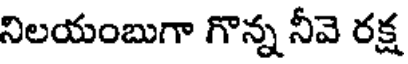
నిలయంబుగా గొన్న నీవె రక్ష